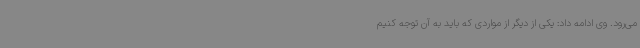
می‌رود. وی ادامه داد: یکی از دیگر از مواردی که باید به آن توجه کنیم